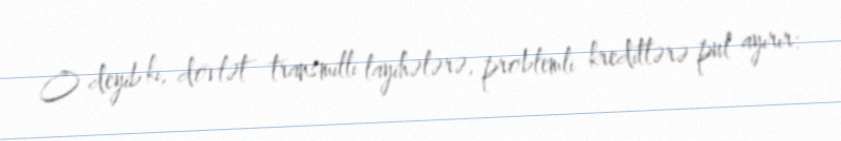
O deyib ki, dövlət transmilli layihələrə, problemli kreditlərə pul ayırır: